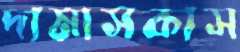
দামাসকাস